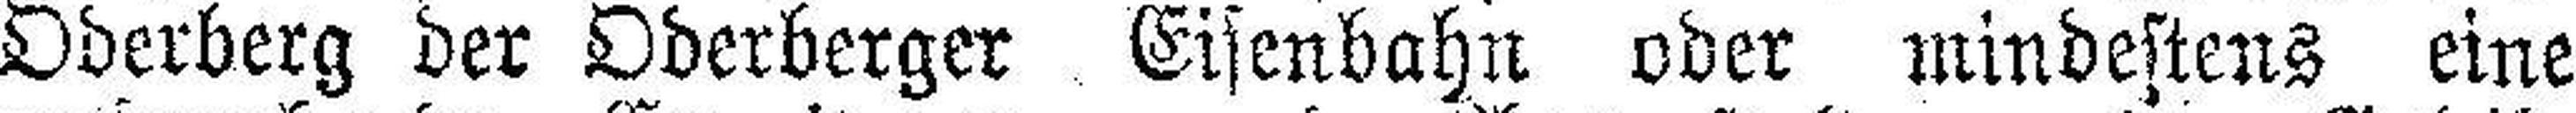
Oderberg der Oderberger Eisenbahn oder mindestens eine